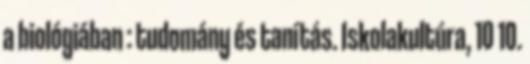
a biológiában : tudomány és tanítás. Iskolakultúra, 10 10.